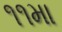
૧૧મા